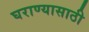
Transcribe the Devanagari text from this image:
घराण्यासाठी